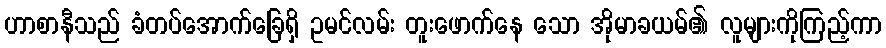
ဟာစာနီသည် ခံတပ်အောက်ခြေရှိ ဥမင်လမ်း တူးဖောက်နေ သော အိုမာခယမ်၏ လူများကိုကြည့်ကာ